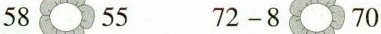
58 55 72-8 70